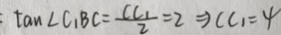
\tan \angle C _ { 1 } B C = \frac { C C _ { 1 } } { 2 } = 2 \Rightarrow C C _ { 1 } = 4